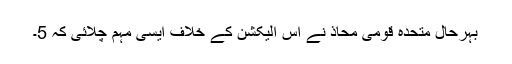
بہرحال متحدہ قومی محاذ نے اس الیکشن کے خلاف ایسی مہم چلائی کہ 5۔